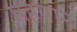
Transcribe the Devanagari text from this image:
महयार